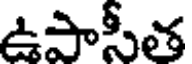
ఉపాసీత